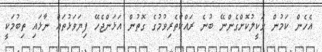
އެހެން ކަމުން ވަކީލުކޮށްގެންނޭ ބުނެ ރައްކާތެރިވުމުގެ ގޮތުން އަޅަންޖެހޭ ފިޔަވަޅުތައް ނާޅައި ތިބުމަކީ